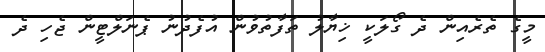
މީގެ ތެރެއިން ދެ ގޯލަކީ ޚިޔާލު ތަފާތުވުން އުފެދުނު ޕެނަލްޓީން ޖެހި ދެ